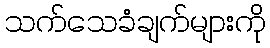
သက်သေခံချက်များကို